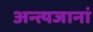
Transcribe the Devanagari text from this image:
अन्त्यजानां